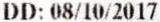
DD: 08/10/2017